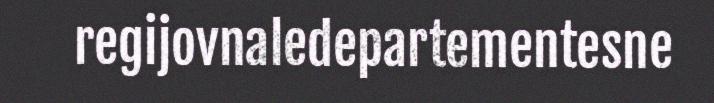
regijovnaledepartementesne